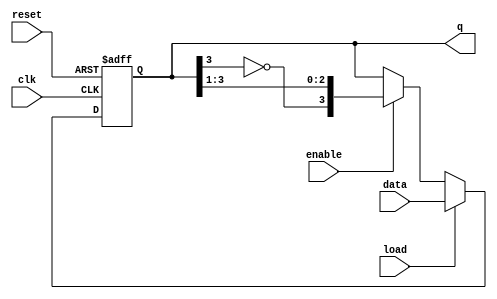
module johnson_counter #(
    parameter N = 4  // Number of flip-flops
)(
    input wire clk,          // Clock input
    input wire reset,        // Asynchronous reset
    input wire enable,       // Enable signal
    input wire load,         // Load signal
    input wire [N-1:0] data, // Data input for loading
    output reg [N-1:0] q     // Counter output
);

// Internal signal to hold the inverted last flip-flop output
wire feedback;

// Invert the last flip-flop output for feedback
assign feedback = ~q[N-1];

// Synchronous process for the Johnson counter
always @(posedge clk or posedge reset) begin
    if (reset) begin
        // Asynchronous reset
        q <= 0; // Reset all flip-flops to 0
    end else if (load) begin
        // Load the counter with the specified data
        q <= data;
    end else if (enable) begin
        // Shift the counter state
        q <= {feedback, q[N-1:1]};
    end
end

endmodule